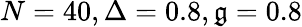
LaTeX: N=40,\Delta=0.8,\mathfrak{g}=0.8